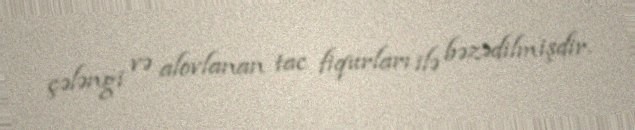
çələngi və alovlanan tac fiqurları ilə bəzədilmişdir.